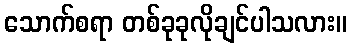
သောက်စရာ တစ်ခုခုလိုချင်ပါသလား။